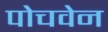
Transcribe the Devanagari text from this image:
पोचवेन